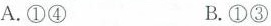
A.①④ B.①③